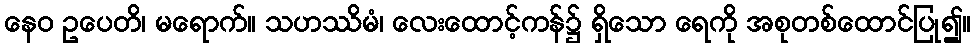
နေဝ ဥပေတိ၊ မရောက်။ သဟဿိမံ၊ လေးထောင့်ကန်၌ ရှိသော ရေကို အစုတစ်ထောင်ပြု၍။